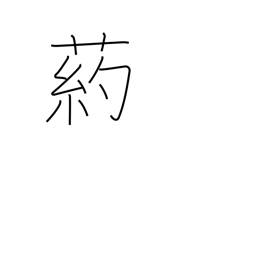
Meaning: type of tall grass